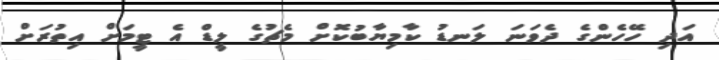
އަދި ހޭހެންގެ ދެވަނަ ލަނޑު ކާމިޔާބުކޮށް މެޗުގެ ލީޑް އެ ޓީމަށް އިތުރަށް